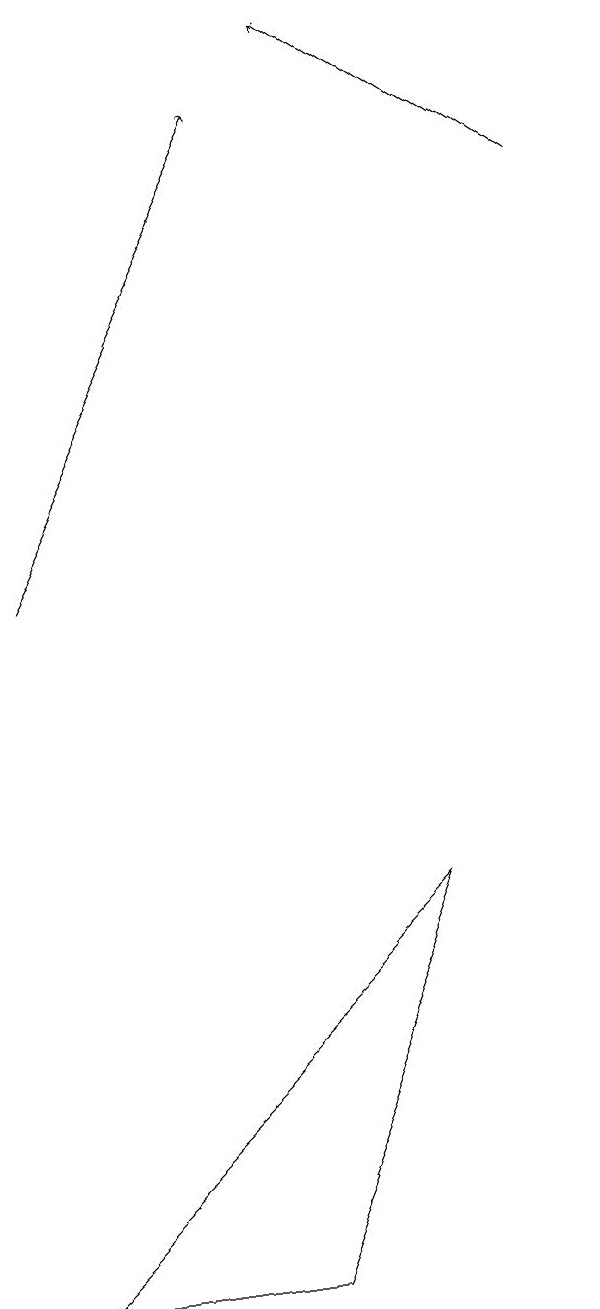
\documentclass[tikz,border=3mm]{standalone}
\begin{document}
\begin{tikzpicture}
\draw (4,1) -- (6,6) -- (1,1) -- cycle;
\draw[->] (1,10) -- (4,16);
\draw[->] (8,15) -- (5,17);
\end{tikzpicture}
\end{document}